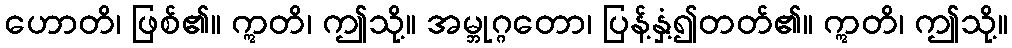
ဟောတိ၊ ဖြစ်၏။ ဣတိ၊ ဤသို့။ အမ္ဘုဂ္ဂတော၊ ပြန့်နှံ့၍တတ်၏။ ဣတိ၊ ဤသို့။